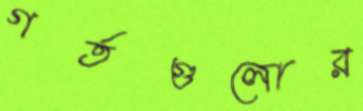
গর্তগুলোর